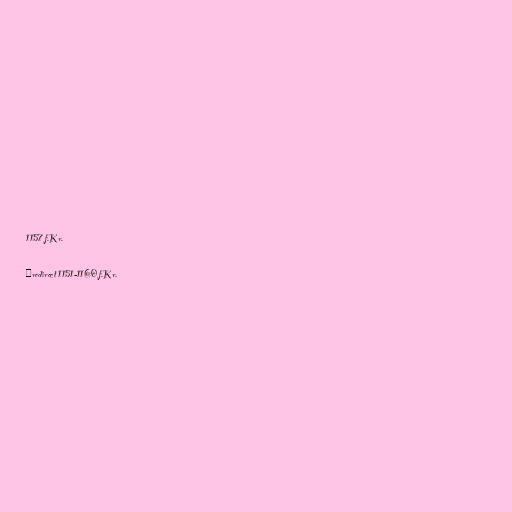
1157 f.Kr.

#redirect 1151-1160 f.Kr.